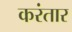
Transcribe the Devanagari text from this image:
करंतार